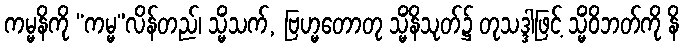
ကမ္မနိကို “ကမ္မ”လိန်တည်၊ သ္မိံသက်, ဗြဟ္မတောတု သ္မိံနိသုတ်၌ တုသဒ္ဒါဖြင့် သ္မိံဝိဘတ်ကို နိ